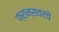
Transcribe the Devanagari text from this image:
फ्रान्सवरचे